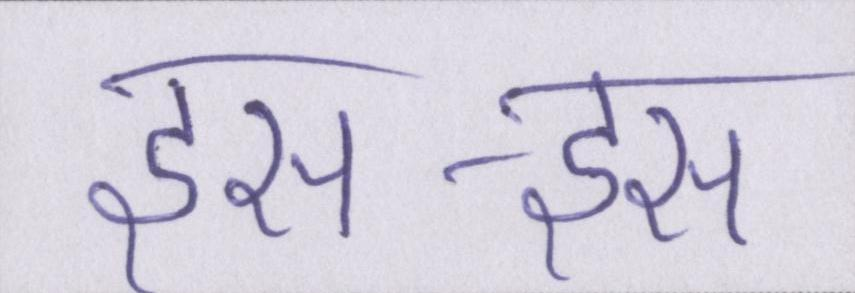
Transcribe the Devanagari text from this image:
इस-इस